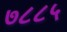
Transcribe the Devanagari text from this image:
७८८५